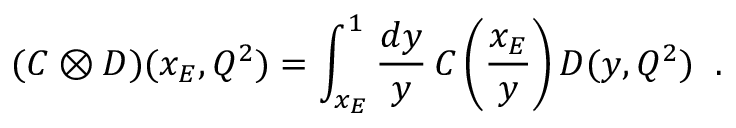
( C \otimes D ) ( x _ { E } , Q ^ { 2 } ) = \int _ { x _ { E } } ^ { 1 } \frac { d y } { y } \, C \left( \frac { x _ { E } } { y } \right) D ( y , Q ^ { 2 } ) \; \; .